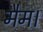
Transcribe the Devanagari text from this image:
मैम।